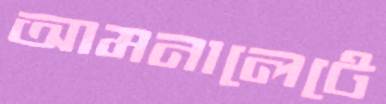
আমনালেটে